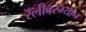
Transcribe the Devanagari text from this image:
रॅलीदरम्यान